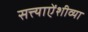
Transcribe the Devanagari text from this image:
सत्त्याऐंशीव्या